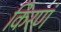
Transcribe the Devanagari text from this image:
किरणं